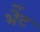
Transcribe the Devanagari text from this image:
भेेंट